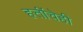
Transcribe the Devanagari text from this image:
हत्तींचेही